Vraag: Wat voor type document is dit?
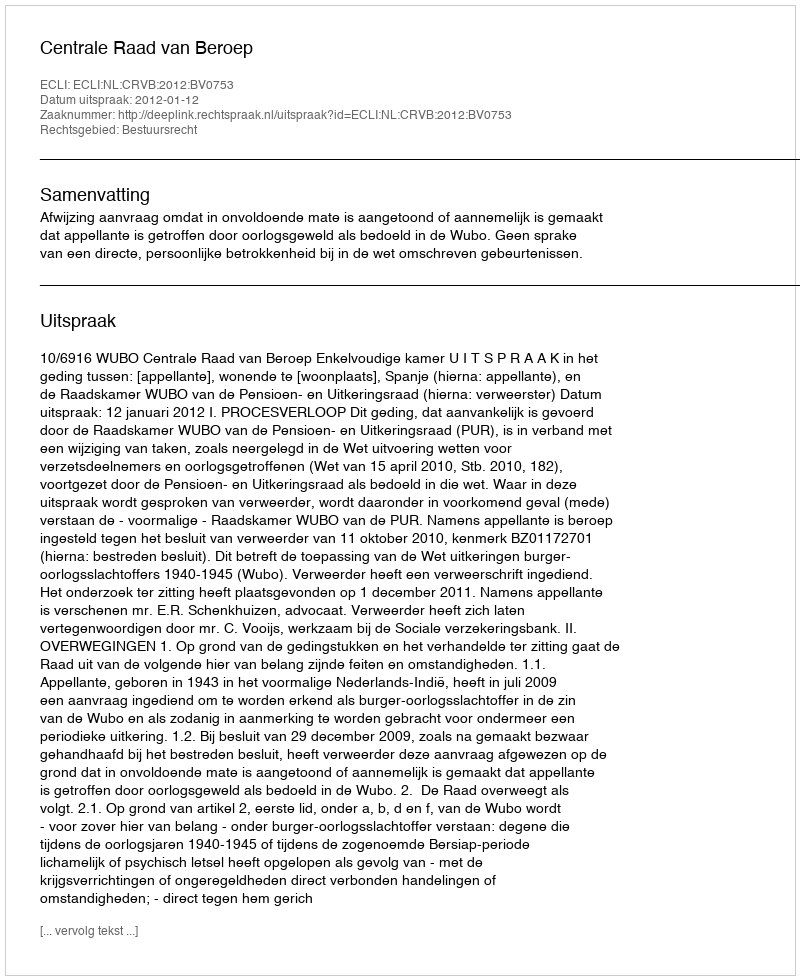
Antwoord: Uitspraak